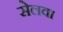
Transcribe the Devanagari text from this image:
सेलवा